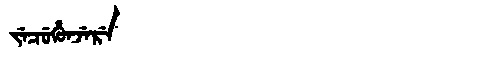
Manchu: ᠵᡝᠴᡠᡥᡠᠨᠵᡝᡵᡝ
Romanization: JECUHUNJERE